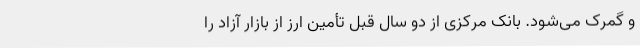
و گمرک می‌شود. بانک مرکزی از دو سال قبل تأمین ارز از بازار آزاد را